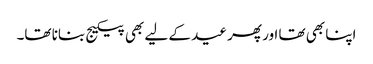
اپنا بھی تھا اور پھر عید کے لیے بھی پیکیج بنانا تھا۔